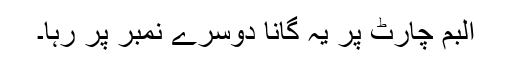
البم چارٹ پر یہ گانا دوسرے نمبر پر رہا۔